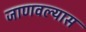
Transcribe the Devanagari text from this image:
जाणवल्यास